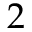
Ḋ 2 Ḍ